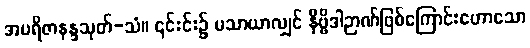
အပရိဇာနန္ဒသုတ်-သံ။ ၎င်းင်း၌ မသာယာလျှင် နိဗ္ဗိဒါဉာဏ်ဖြစ်ကြောင်းဟောသော